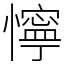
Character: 懧